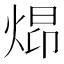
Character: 𪸺